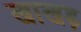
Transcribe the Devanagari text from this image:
खाखड़